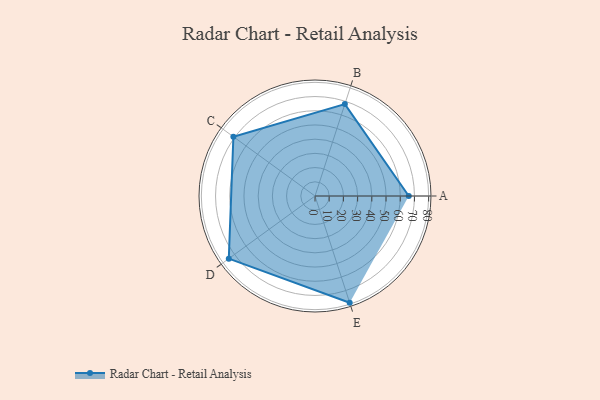
{"axis": {"x": "Skill", "y": "Score"}, "legend": ["Profile"], "data": [{"x": "A", "y": 66.0, "type": "Profile"}, {"x": "B", "y": 68.0, "type": "Profile"}, {"x": "C", "y": 71.0, "type": "Profile"}, {"x": "D", "y": 75.0, "type": "Profile"}, {"x": "E", "y": 79.0, "type": "Profile"}]}